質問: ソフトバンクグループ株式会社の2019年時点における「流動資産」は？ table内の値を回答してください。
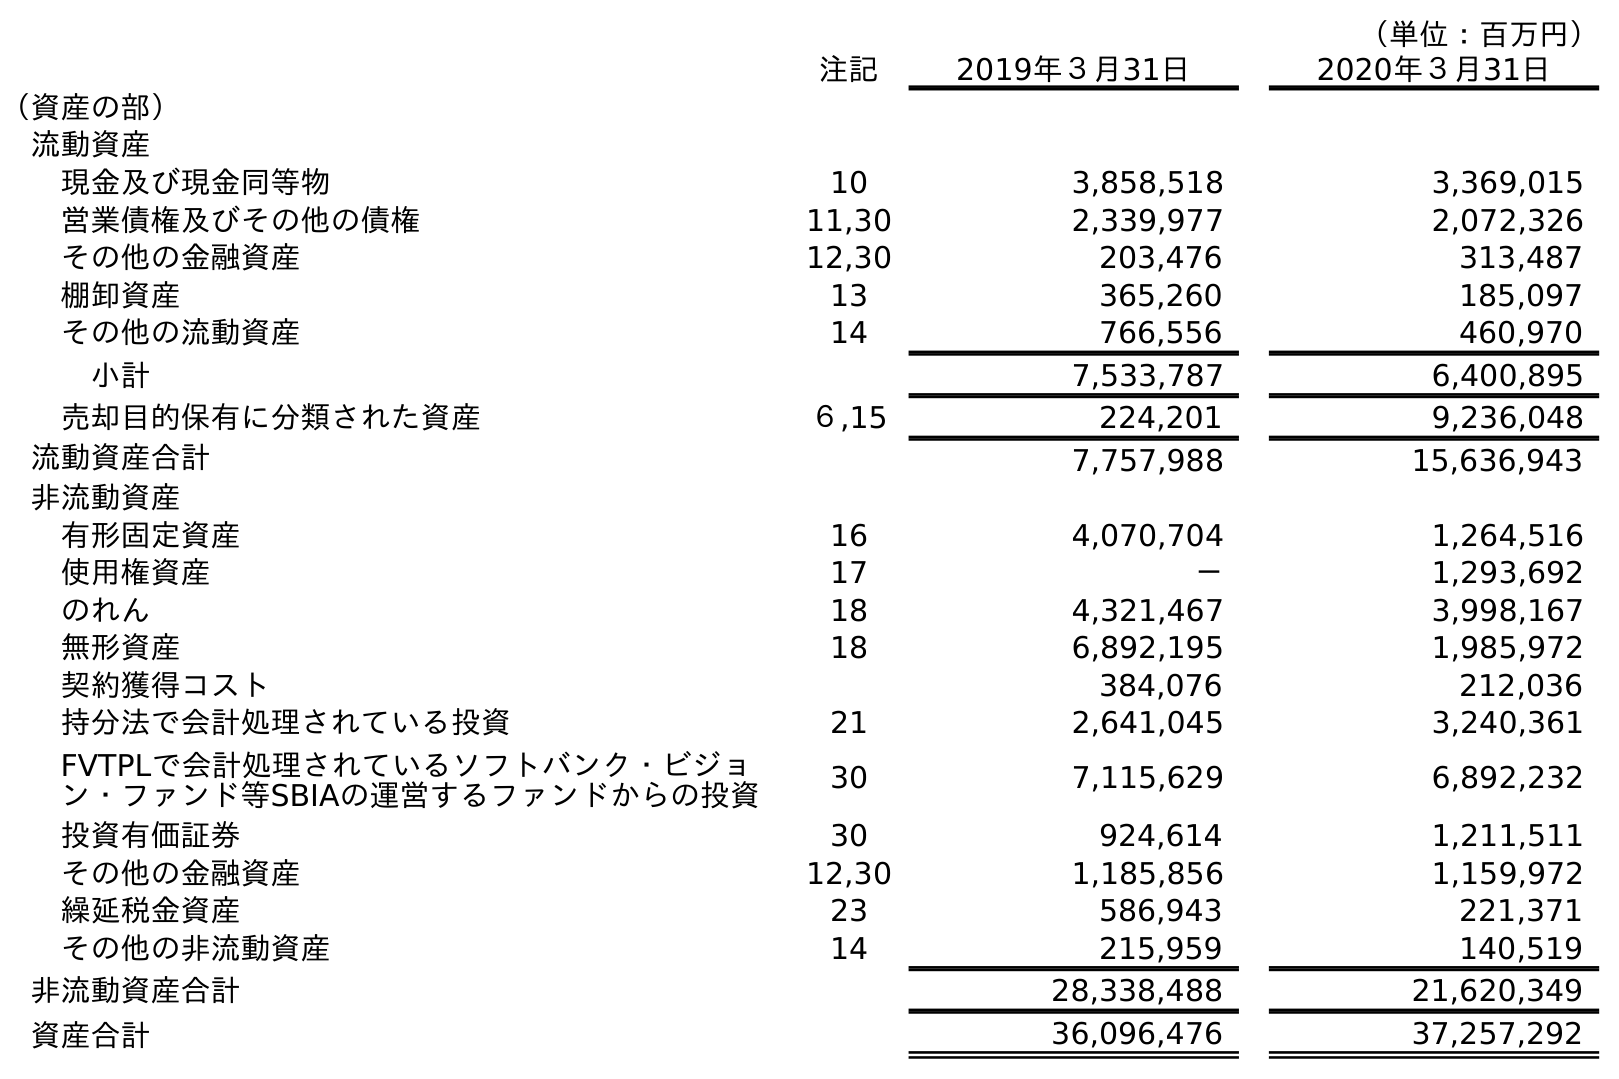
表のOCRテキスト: （単位：百万円） 注記 2019年３月31日 2020年３月31日 （資産の部） 流動資産 現金及び現金同等物 10 3,858,518 3,369,015 営業債権及びその他の債権 11,30 2,339,977 2,072,326 その他の金融資産 12,30 203,476 313,487 棚卸資産 13 365,260 185,097 その他の流動資産 14 766,556 460,970 小計 7,533,787 6,400,895 売却目的保有に分類された資産 ６,15 224,201 9,236,048 流動資産合計 7,757,988 15,636,943 非流動資産 有形固定資産 16 4,070,704 1,264,516 使用権資産 17 － 1,293,692 のれん 18 4,321,467 3,998,167 無形資産 18 6,892,195 1,985,972 契約獲得コスト 384,076 212,036 持分法で会計処理されている投資 21 2,641,045 3,240,361 FVTPLで会計処理されているソフトバンク・ビジョ ン・ファンド等SBIAの運営するファンドからの投資 30 7,115,629 6,892,232 投資有価証券 30 924,614 1,211,511 その他の金融資産 12,30 1,185,856 1,159,972 繰延税金資産 23 586,943 221,371 その他の非流動資産 14 215,959 140,519 非流動資産合計 28,338,488 21,620,349 資産合計 36,096,476 37,257,292
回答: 7,757,988